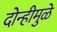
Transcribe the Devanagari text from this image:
दोन्हीमुळे